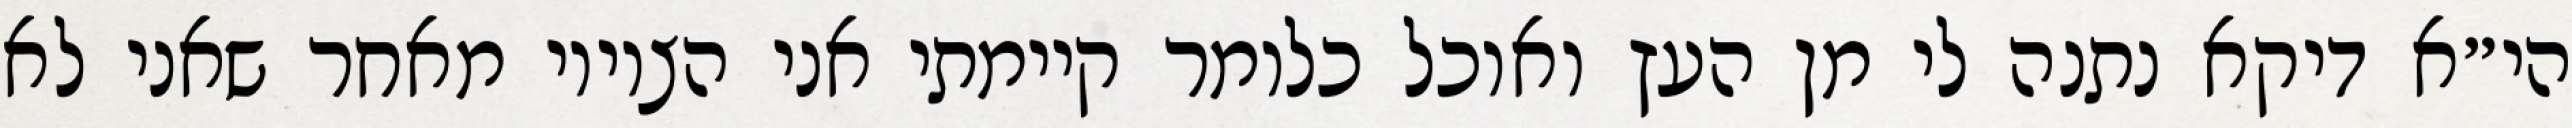
הי״א דיקא נתנה לי מן העץ ואוכל כלומר קיימתי אני הציווי מאחר שאני לא